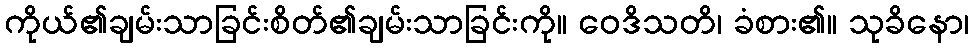
ကိုယ်၏ချမ်းသာခြင်းစိတ်၏ချမ်းသာခြင်းကို။ ဝေဒိသတိ၊ ခံစား၏။ သုခိနော၊